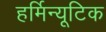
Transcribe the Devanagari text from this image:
हर्मिन्यूटिक